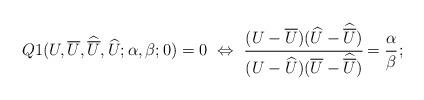
LaTeX: \begin{align*} Q1(U,\overline{U},\widehat{\overline{U}},\widehat{U};\alpha,\beta;0)=0 ~\Leftrightarrow~ \cfrac{(U-\overline{U})(\widehat{U}-\widehat{\overline{U}})}{(U-\widehat{U})(\overline{U}-\widehat{\overline{U}})}=\cfrac{\alpha}{\beta}\,;\end{align*}